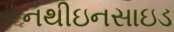
નથીઇનસાઇડ